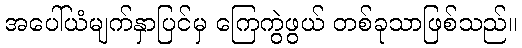
အပေါ်ယံမျက်နှာပြင်မှ ကြေကွဲဖွယ် တစ်ခုသာဖြစ်သည်။